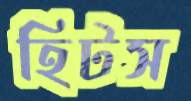
হিটস